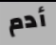
أدم